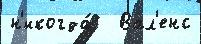
н'икогда́   Вал'енс